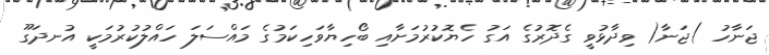
ޖަނާހު )ޖަނާ( ވިދާޅުވީ ގެދޮރުގެ އަގު ހެޔޮކުރުމަށާއި ބޯހިޔާވަހިކަމުގެ މައްސަލަ ހައްލުކުރުމަކީ އުނދަގޫ